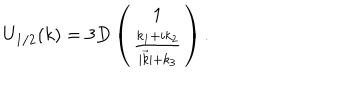
LaTeX: U _ { 1 / 2 } ( k ) = 3 D \left( \begin{array} { c c } { { 1 } } \\ { { \frac { k _ { 1 } + i k _ { 2 } } { | \vec { k } | + k _ { 3 } } } } \\ \end{array} \right) .